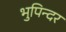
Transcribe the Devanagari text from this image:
भुपिन्दर